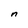
Character: n